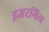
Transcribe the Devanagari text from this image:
इजरगिल